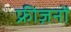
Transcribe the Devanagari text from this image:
फ्रीज़नों